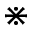
\divideontimes